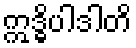
ဣဒ္ဓိပါဒါတိ